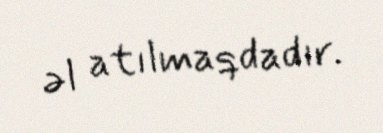
əl atılmaqdadır.